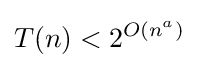
T(n)<2^{O(n^{a})}